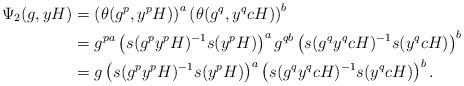
LaTeX: \begin{align*} \Psi_2(g,yH)&= \left(\theta(g^p,y^pH)\right)^a\left(\theta(g^q,y^qcH) \right)^{b}\\ &= g^{pa}\left(s(g^py^pH)^{-1}s(y^pH)\right)^a g^{qb}\left(s(g^qy^qcH)^ {-1}s(y^qcH)\right)^{b}\\ &= g\left(s(g^py^pH)^{-1}s(y^pH)\right)^a \left(s(g^qy^qcH)^{-1}s(y^qcH)\right)^ {b}. \end{align*}